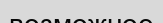
возможное